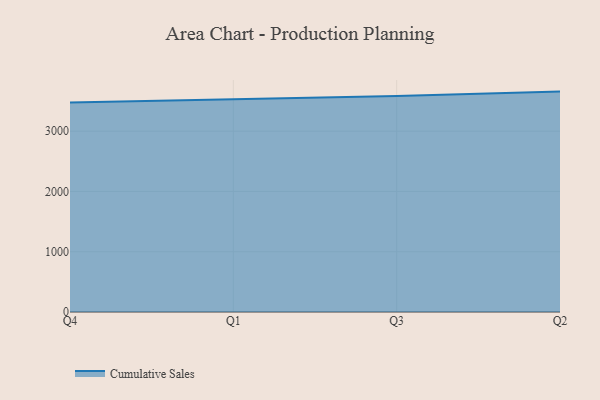
{"axis": {"x": "Quarter", "y": "Page Views"}, "legend": ["Cumulative Sales"], "data": [{"x": "Q4", "y": 3474.1, "type": "Cumulative Sales"}, {"x": "Q1", "y": 3531.4, "type": "Cumulative Sales"}, {"x": "Q3", "y": 3584.7, "type": "Cumulative Sales"}, {"x": "Q2", "y": 3656.6, "type": "Cumulative Sales"}]}